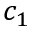
c _ { 1 }